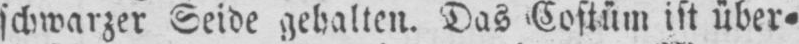
schwarzer Seide gehalten. Das Costüm ist über⸗